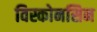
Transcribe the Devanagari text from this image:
विस्कोनसिन